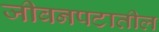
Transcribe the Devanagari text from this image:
जीवनपटातील